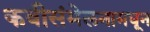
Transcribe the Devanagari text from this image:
कवीसंमेलनामधून